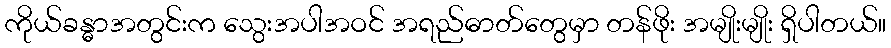
ကိုယ်ခန္ဓာအတွင်းက သွေးအပါအဝင် အရည်ဓာတ်တွေမှာ တန်ဖိုး အမျိုးမျိုး ရှိပါတယ်။